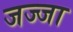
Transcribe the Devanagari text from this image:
जज्जा